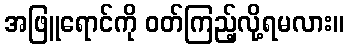
အဖြူရောင်ကို ဝတ်ကြည့်လို့ရမလား။